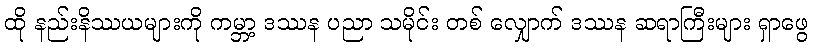
ထို နည်းနိဿယများကို ကမ္ဘာ့ ဒဿန ပညာ သမိုင်း တစ် လျှောက် ဒဿန ဆရာကြီးများ ရှာဖွေ